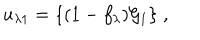
u _ { \lambda 1 } = \{ ( 1 - f _ { \lambda } ) { \cal G } _ { 1 } \} \; ,